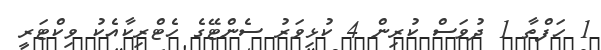
1 ހަފްތާ 1 ދުވަސް ކުރިން 4 ކުޅިވަރު ސެންޓޭގެ ހެޓްރިކާއެކު ވިކްޓަރީ